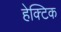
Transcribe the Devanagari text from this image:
हेक्टिक